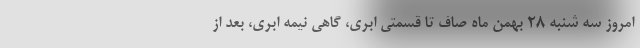
امروز سه شنبه ۲۸ بهمن ماه صاف تا قسمتی ابری، گاهی نیمه ابری، بعد از